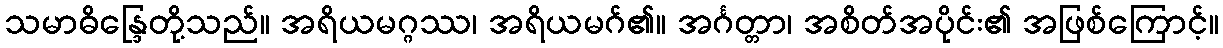
သမာဓိန္ဒြေတို့သည်။ အရိယမဂ္ဂဿ၊ အရိယမဂ်၏။ အင်္ဂတ္တာ၊ အစိတ်အပိုင်း၏ အဖြစ်ကြောင့်။